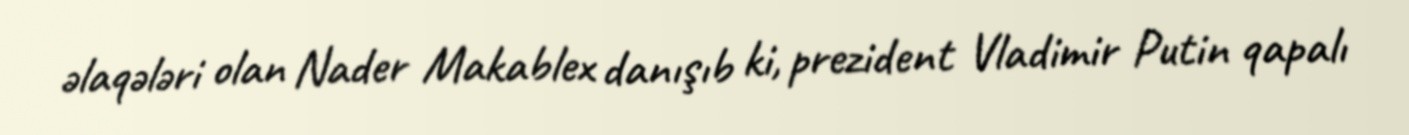
əlaqələri olan Nader Makablex danışıb ki, prezident Vladimir Putin qapalı